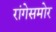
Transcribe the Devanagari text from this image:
रांगेसमोर